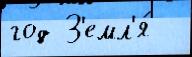
год З'емл'я́